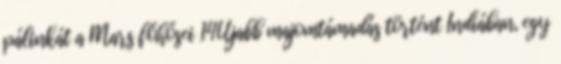
pálinkát a Mars főhősei 14Újabb majomtámadás történt Indiában, egy